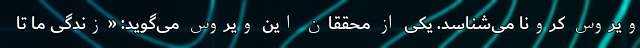
ویروس کرونا می‌شناسد. یکی از محققان این ویروس می‌گوید: «زندگی ما تا